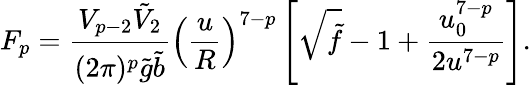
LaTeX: F_{p}=\frac{V_{p-2}\tilde{V}_{2}}{(2\pi)^{p}\tilde{g}\tilde{b}}\left(\frac{u}{R}\right)^{7-p}\left[\sqrt{\tilde{f}}-1+\frac{u_{0}^{7-p}}{2u^{7-p}}\right].